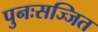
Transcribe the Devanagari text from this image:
पुनःसज्जित